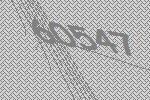
60547